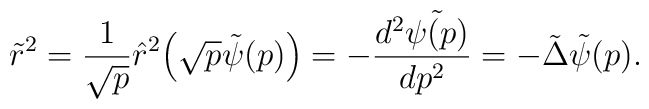
\tilde{r}^2 = \frac{1}{\sqrt{p}}\hat{r}^2\Bigl(\sqrt{p}\tilde{\psi}(p)\Bigr) =  - \frac{d^2\tilde{\psi(p)}}{dp^2} = -\tilde{\Delta}\tilde{\psi}(p).